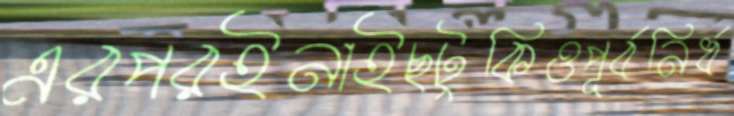
এরপরইনাইছটুকিওপূর্বনির্ধ